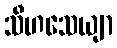
သီဟသေယျာ